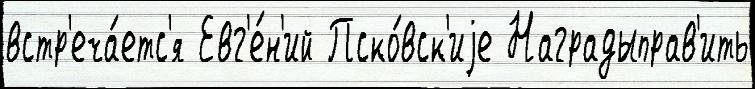
встр'еча́етс'я Евг'е́н'ий Пско́вск'иjе Наградыправ'ить